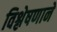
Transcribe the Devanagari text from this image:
विश्लेषणाने